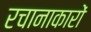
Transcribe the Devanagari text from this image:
रचानाकारों